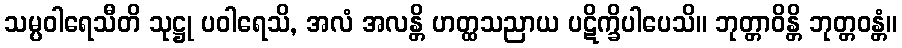
သမ္ပဝါရေသီတိ သုဋ္ဌု ပဝါရေသိ, အလံ အလန္တိ ဟတ္ထသညာယ ပဋိက္ခိပါပေသိ။ ဘုတ္တာဝိန္တိ ဘုတ္တဝန္တံ။